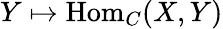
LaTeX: Y\mapsto{\mathrm{Hom}}_{C}(X,Y)